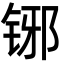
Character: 铘